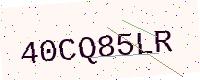
Text: 40CQ85LR